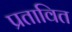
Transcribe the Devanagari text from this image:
प्रतावित